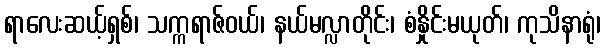
ရာလေးဆယ့်ရှစ်၊ သက္ကရာဇ်ဝယ်၊ နယ်မလ္လာတိုင်း၊ စံနှိုင်းမယုတ်၊ ကုသိနာရုံ၊